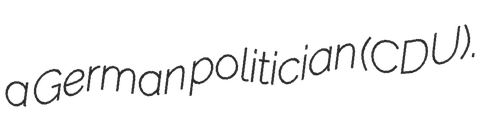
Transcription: a German politician (CDU).